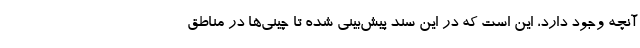
آنچه وجود دارد، این است که در این سند پیش‌بینی شده تا چینی‌ها در مناطق